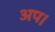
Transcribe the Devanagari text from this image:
अप।